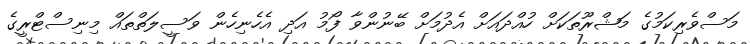
މަސްވެރިކަމުގެ މަޝްރޫތަކަށް ހުއްދައަށް އެދުމަށް ބޭނުންވާ ފޯމު އަދި އެހެނިހެން ވަސީލަތްތައް މިނިސްޓްރީގެ